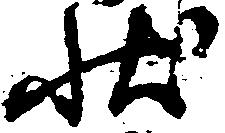
状